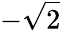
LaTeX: -{\sqrt{2}}